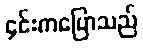
၄င်းကပြောသည်